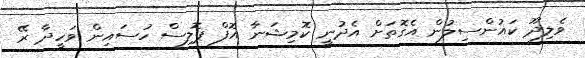
ވެލިދޫ ކައުންސިލުން އެގޮތަށް އެދުނީ ކޮމިޝަނާ އޮފް ޕޮލިސް ހުސައިން ވަހީދާ ރޭ